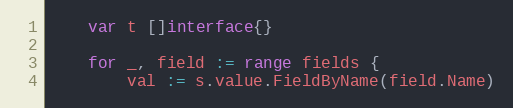
Language: Go
	var t []interface{}

	for _, field := range fields {
		val := s.value.FieldByName(field.Name)